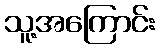
သူ့အကြောင်း